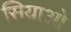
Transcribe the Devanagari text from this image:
सियाओ